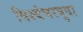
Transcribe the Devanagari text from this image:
विश्वंभरबुवा